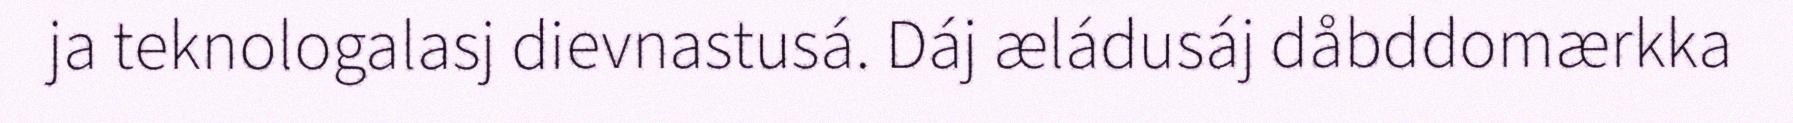
ja teknologalasj dievnastusá. Dáj æládusáj dåbddomærkka